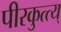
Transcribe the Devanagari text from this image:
पीरकुत्त्य्